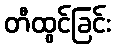
တီထွင်ခြင်း